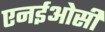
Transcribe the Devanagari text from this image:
एनईओसी